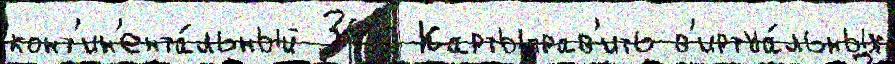
конт'ин'ента́льный 346 Картыправ'ить в'иртуа́льных